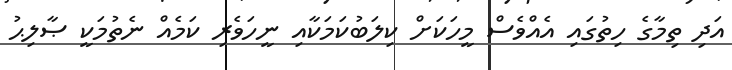
އަދި ތިމާގެ ހިތުގައި އެއްވެސް މީހަކަށް ކިލަބުކަމަކާއި ނީހަވެރި ކަމެއް ނެތުމަކީ ޞާލިޙު